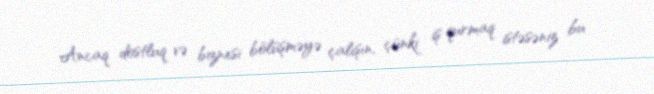
Ancaq dostluq və biznesi bölüşməyə çalışın, çünki iş qurmaq istəsəniz bu